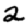
Digit: 2